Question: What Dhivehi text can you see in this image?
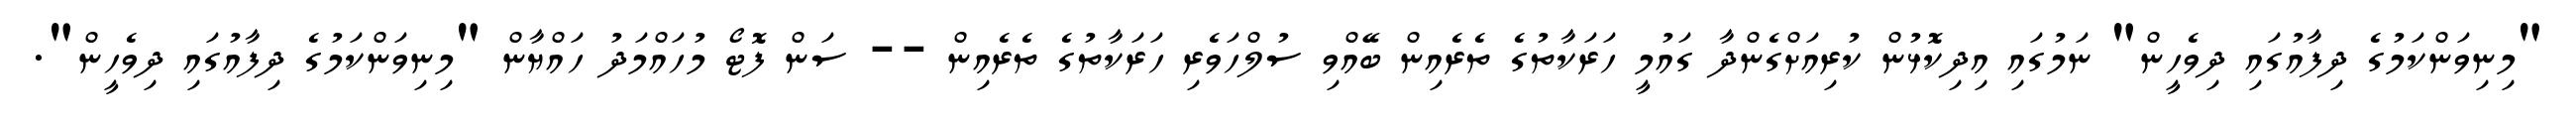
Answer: "މިނިވަންކަމުގެ ދިފާއުގައި ދިވެހީން" ނަމުގައި އިދިކޮޅުން ކުރިއަށްގެންދާ ގައުމީ ހަރަކާތުގެ ތެރެއިން ބޭއްވި ސުލްހަވެރި ހަރަކާތުގެ ތެރެއިން -- ސަން ފޮޓޯ މުހައްމަދު ހައްޔާން "މިނިވަންކަމުގެ ދިފާއުގައި ދިވެހީން".